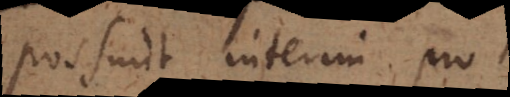
possunt interim pro